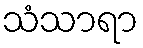
သံသာရာ